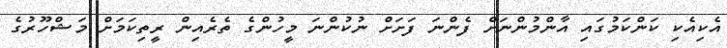
އެކިއެކި ކަންކަމުގައި އާންމުންނަށް ފެންނަ ފަށަށް ނުކުންނަ މީހުންގެ ތެރެއިން ރީތިކަމަށް މަޝްހޫރުގެ